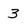
Character: 3